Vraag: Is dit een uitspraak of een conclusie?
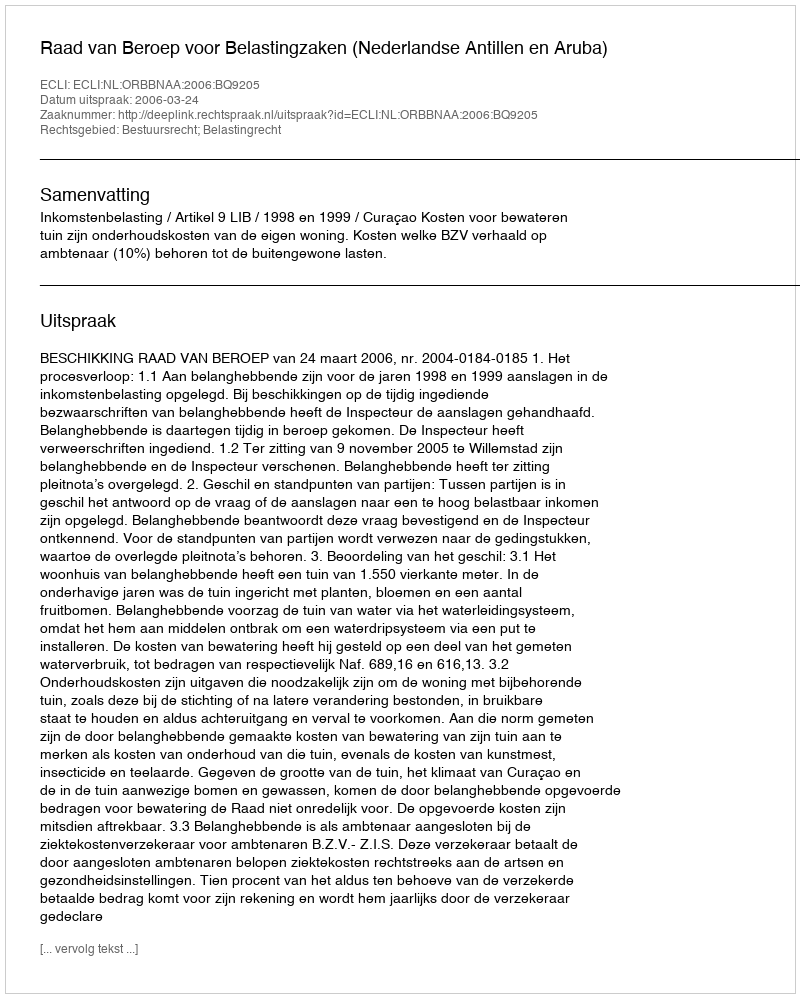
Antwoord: Uitspraak